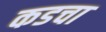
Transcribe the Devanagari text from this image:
कडचा